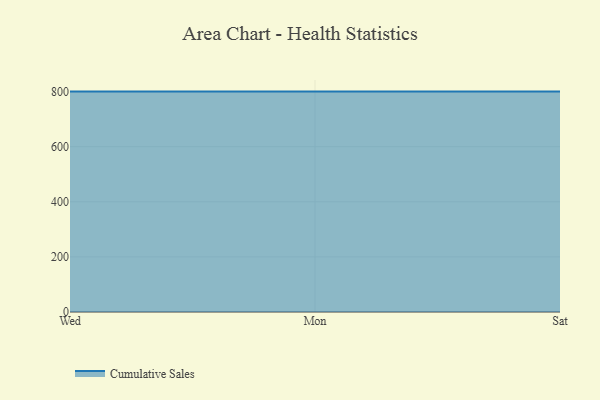
{"axis": {"x": "Day", "y": "Shipments"}, "legend": ["Cumulative Sales"], "data": [{"x": "Wed", "y": 800, "type": "Cumulative Sales"}, {"x": "Mon", "y": 800, "type": "Cumulative Sales"}, {"x": "Sat", "y": 800, "type": "Cumulative Sales"}]}